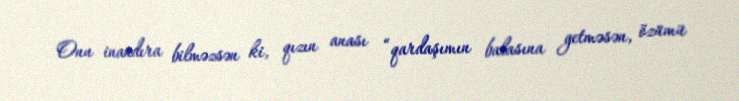
Onu inandıra bilməzsən ki, qızın anası “qardaşımın balasına getməsən, özümü